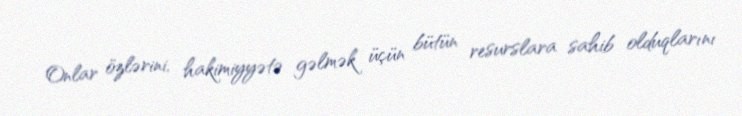
Onlar özlərini, hakimiyyətə gəlmək üçün bütün resurslara sahib olduqlarını